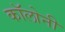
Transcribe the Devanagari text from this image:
काॅलोनी